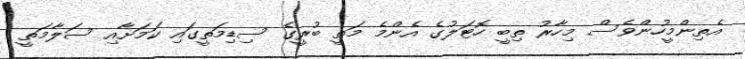
އެތިންމީހުންވެސް މިހާރު ތިބީ ހޮޓަލުގެ އެންމެ މަތީ ބުރީގެ ސިޑިމަތީގައި ކަމަށާއި ސަލާމަތީ